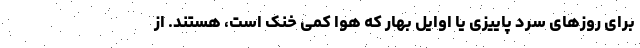
برای روزهای سرد پاییزی یا اوایل بهار که هوا کمی خنک است، هستند. از